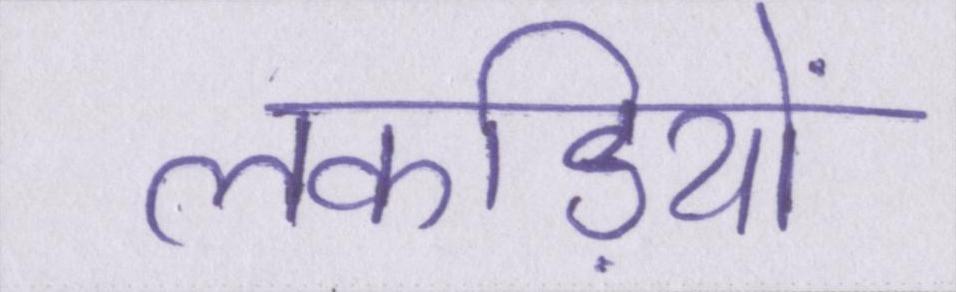
लकड़ियों